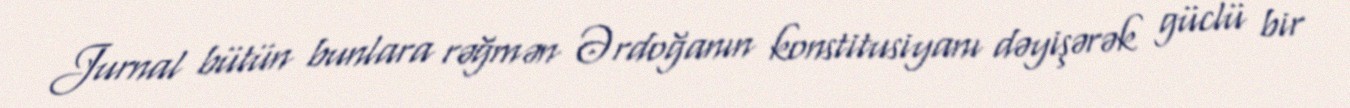
Jurnal bütün bunlara rəğmən Ərdoğanın konstitusiyanı dəyişərək güclü bir